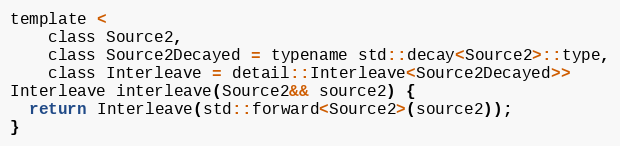
Language: C
template <
    class Source2,
    class Source2Decayed = typename std::decay<Source2>::type,
    class Interleave = detail::Interleave<Source2Decayed>>
Interleave interleave(Source2&& source2) {
  return Interleave(std::forward<Source2>(source2));
}